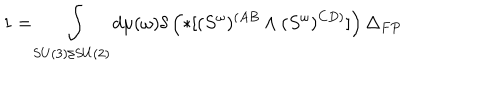
LaTeX: 1 = \int _ { S U ( 3 ) / S U ( 2 ) } d \mu ( \omega ) \delta \left( * [ ( S ^ { \omega } ) ^ { ( A B } \wedge ( S ^ { \omega } ) ^ { C D ) } ] \right) \Delta _ { F P }